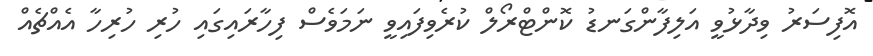
އޮފިސަރު ވިދާޅުވީ އަލިފާންގަނޑު ކޮންޓްރޯލް ކުރެވިފައިވީ ނަމަވެސް ފިހާރައިގައި ހުރި ހުރިހާ އެއްޗެއް